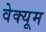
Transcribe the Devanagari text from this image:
वेक्यूम